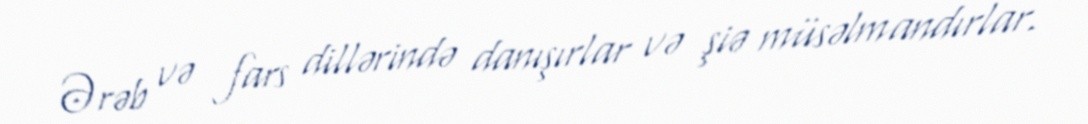
Ərəb və fars dillərində danışırlar və şiə müsəlmandırlar.